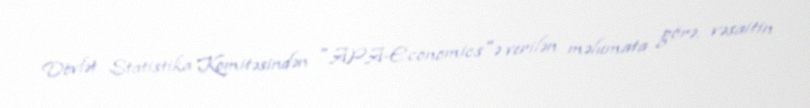
Dövlət Statistika Komitəsindən "APA-Economics"ə verilən məlumata görə, vəsaitin